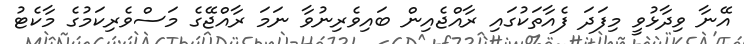
އޭނާ ވިދާޅުވީ މިފަދަ ފެއާތަކުގައި ރާއްޖެއިން ބައިވެރިނުވާ ނަމަ ރާއްޖޭގެ މަސްވެރިކަމުގެ މާކެޓު